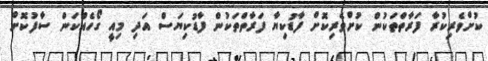
ކުށްވެރިކުރާ ފަރާތްތަކުން ކުށްވެރިކޮށް ފާޑުކިޔާ ފަރާތްތަކުން ފާޑުކިޔަސް އަދި މިއީ ގޯހެއްކަން ސާފުކޮށް